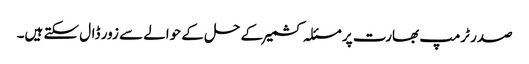
صدر ٹرمپ بھارت پر مسئلہ کشمیر کے حل کے حوالے سے زور ڈال سکتے ہیں۔